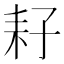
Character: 耔